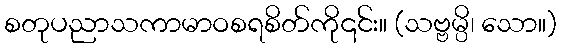
စတုပညာသကာမာဝစရစိတ်ကို၎င်း။ (သဗ္ဗမ္ပိ၊ သော။)